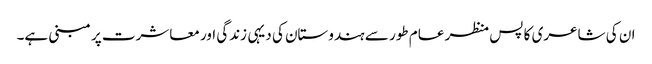
ان کی شاعری کا پس منظر عام طور سے ہندوستان کی دیہی زندگی اور معاشرت پر مبنی ہے۔